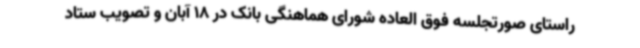
راستای صورتجلسه فوق العاده شورای هماهنگی بانک در 18 آبان و تصویب ستاد